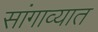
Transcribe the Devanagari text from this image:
सांगाव्यात